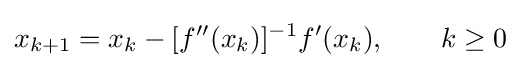
x_{k+1}=x_{k}-[f''(x_{k})]^{-1}f'(x_{k}),\qquad k\geq 0